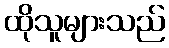
ထိုသူများသည်